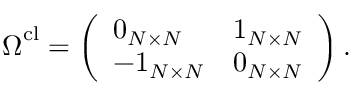
\boldsymbol { \Omega } ^ { \mathrm { c l } } = \left( \begin{array} { l l } { \boldsymbol { 0 } _ { N \times N } } & { \boldsymbol { 1 } _ { N \times N } } \\ { - \boldsymbol { 1 } _ { N \times N } } & { \boldsymbol { 0 } _ { N \times N } } \end{array} \right) .